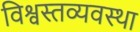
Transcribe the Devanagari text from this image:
विश्वस्तव्यवस्था